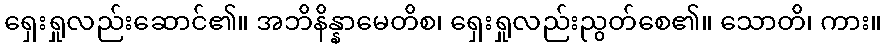
ရှေးရှုလည်းဆောင်၏။ အဘိနိန္နာမေတိစ၊ ရှေးရှုလည်းညွတ်စေ၏။ သောတိ၊ ကား။